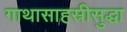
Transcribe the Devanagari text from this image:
गाथासाहस्रीसुद्धा